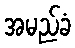
အမည်ခံ